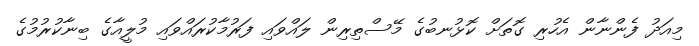
މިއަދު ފެންނާން އެހުރި ގޮތަށް ކޮޅުނބުގެ މޭސްތިރިން ލައްވައި ފަރުމާކުރައްވައި މުލީއާގެ ބިނާކުރުމުގެ